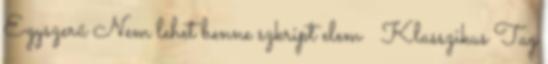
Egyszerű Nem lehet benne szkript elem  Klasszikus Tag